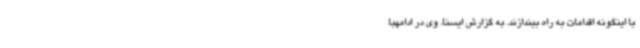
با اینگونه اقدامات به راه بیندازند. به گزارش ایسنا، وی در ادامهبا